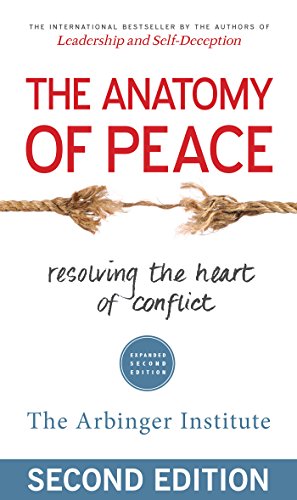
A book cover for The Anatomy of Peace: Resolving the Heart of Conflict; The Arbinger Institute; Parenting & Relationships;